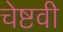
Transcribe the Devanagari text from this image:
चेष्टवी